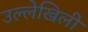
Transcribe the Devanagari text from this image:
उल्लेखिली